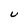
Character: U